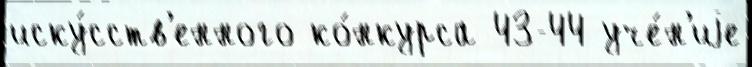
иску́сств'енного ко́нкурса 43-44 уче́н'иjе